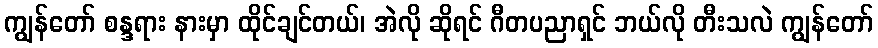
ကျွန်တော် စန္ဒရား နားမှာ ထိုင်ချင်တယ်၊ အဲလို ဆိုရင် ဂီတပညာရှင် ဘယ်လို တီးသလဲ ကျွန်တော်